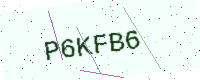
Text: P6KFB6